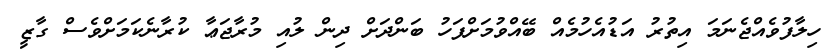
ހިލާފުވެއްޖެނަމަ އިތުރު އަޑުއެހުމެއް ބޭއްވުމަށްފަހު ބަންދަށް ދިން ލުއި މުރާޖަޢާ ކުރާނެކަމަށްވެސް ގާޒީ